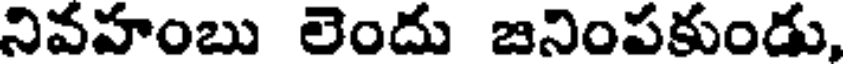
నివహంబు లెందు జనింపకుండు,